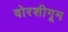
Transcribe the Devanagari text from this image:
वोरशीगूम